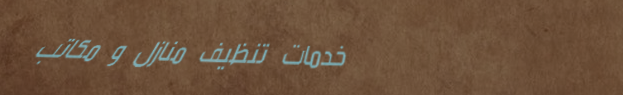
خدمات تنظيف منازل و مكاتب